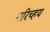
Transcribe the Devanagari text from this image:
परिच्हय